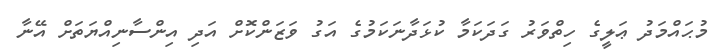
މުޙައްމަދު ޢަލީގެ ހިތްވަރު ގަދަކަމާ ކުޅަދާނަކަމުގެ އަގު ވަޒަންކޮށް އަދި އިންސާނިއްޔަތަށް އޭނާ